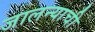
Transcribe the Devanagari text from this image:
जालन्याची